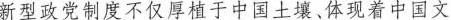
新型政党制度不仅厚植于中国土壤、体现着中国文